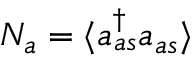
{ N } _ { a } = \langle a _ { a s } ^ { \dagger } a _ { a s } \rangle